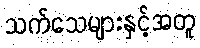
သက်သေများနှင့်အတူ